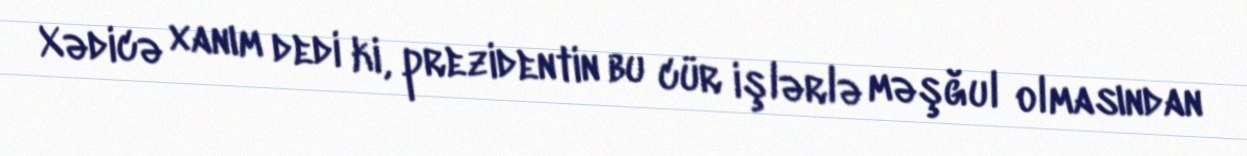
Xədicə xanım dedi ki, prezidentin bu cür işlərlə məşğul olmasından